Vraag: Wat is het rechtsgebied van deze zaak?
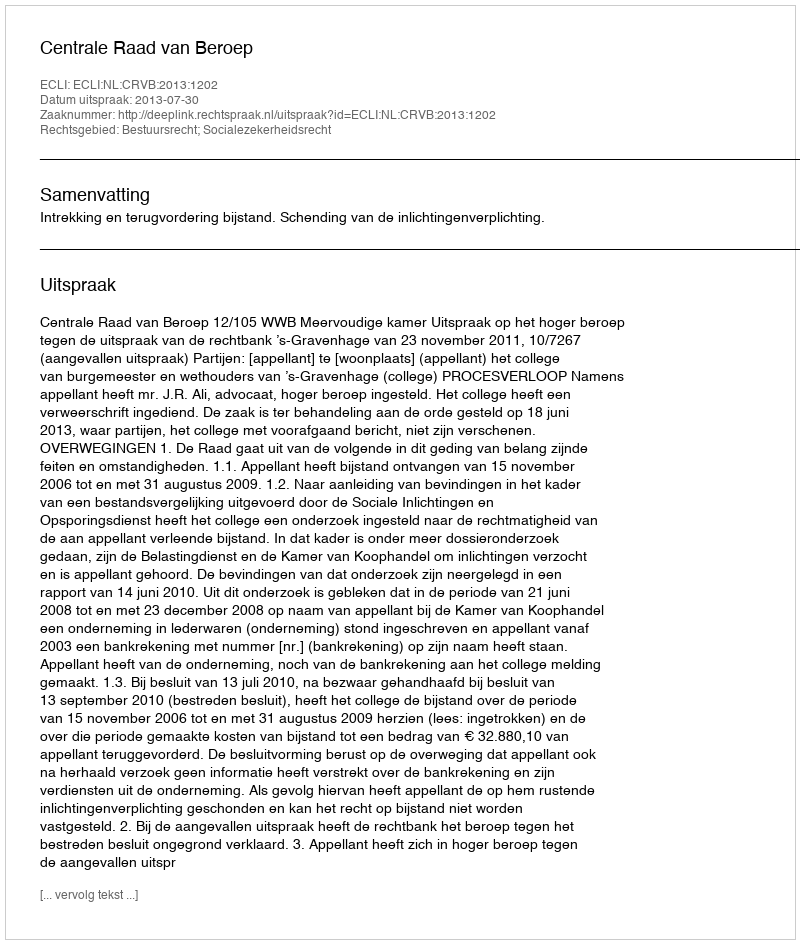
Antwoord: Bestuursrecht; Socialezekerheidsrecht